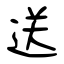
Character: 送